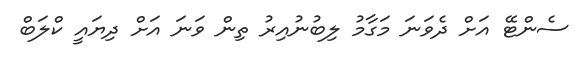
ސެންޓޭ އަށް ދެވަނަ މަގާމު ލިބުނުއިރު ތިން ވަނަ އަށް ދިޔައީ ކްލަބް